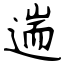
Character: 遄